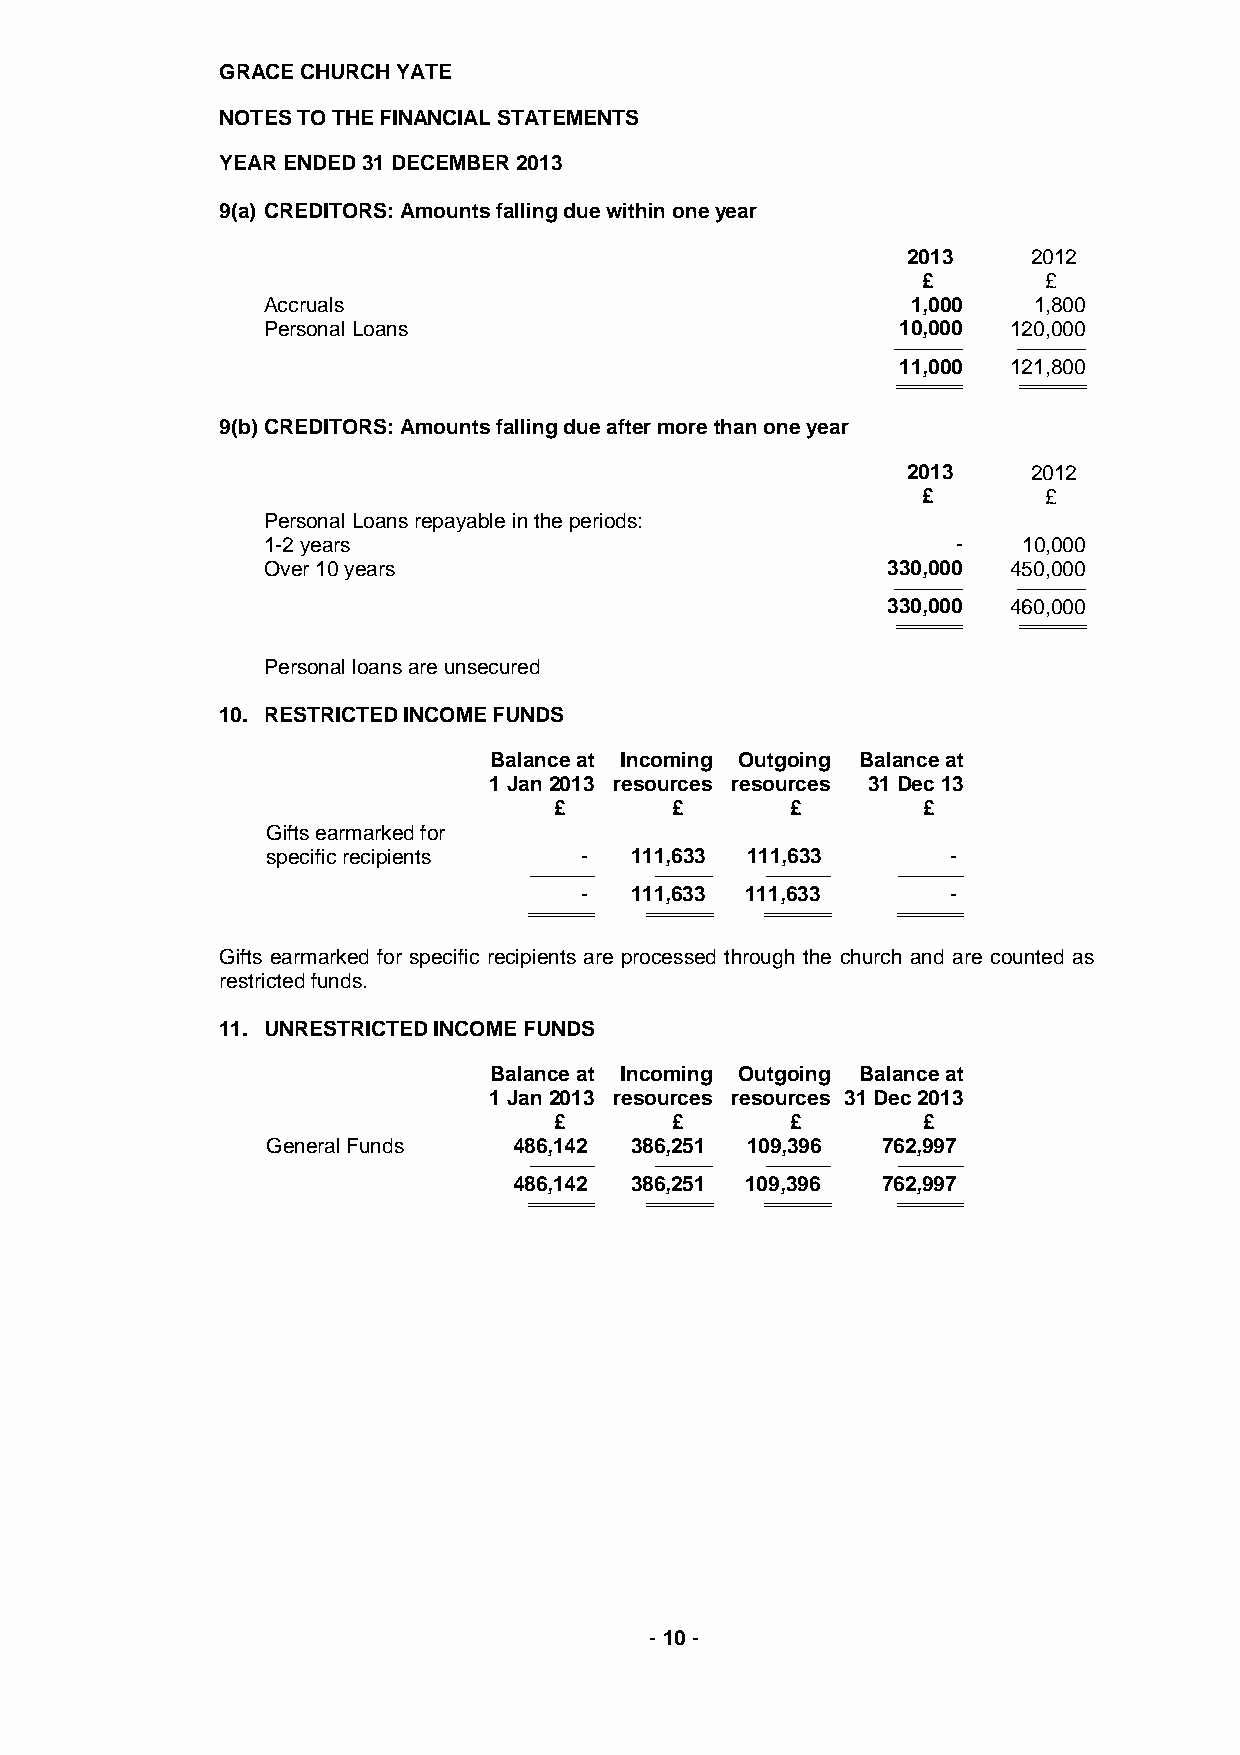
GRACE CHURCH YATE
 NOTES TO THE FINANCIAL STATEMENTS
 YEAR ENDED 31 DECEMBER 2013
 9(a) CREDITORS: Amounts falling due within one year
 2013    2012
 £       £
 Accruals                                   1,000   1,800
 Personal Loans                             10,000 120,000
 -------------------------------- -- -------------------------------- --
 11,000 121,800
 ====================== ========== ====================== ==========
 9(b) CREDITORS: Amounts falling due after more than one year
 2013    2012
 £       £
 Personal Loans repayable in the periods:
 1-2 years                                     -    10,000
 Over 10 years                             330,000 450,000
 -------------------------------- -- -------------------------------- --
 330,000 460,000
 ====================== ========== ====================== ==========
 Personal loans are unsecured
 10. RESTRICTED INCOME FUNDS
 Balance at Incoming Outgoing Balance at
 1 Jan 2013 resources resources 31 Dec 13
 £      £       £        £
 Gifts earmarked for
 specific recipients -   111,633 111,633      -
 ------------------------------ -- ---------------------------- ------------------------------ -- ------------------------------ --
 -   111,633 111,633      -
 ======================== ======== ====================== ========== ====================== ========== ====================== ==========
 Gifts earmarked for specific recipients are processed through the church and are counted as
 restricted funds.
 11. UNRESTRICTED INCOME FUNDS
 Balance at Incoming Outgoing Balance at
 1 Jan 2013 resources resources 31 Dec 2013
 £      £       £        £
 General Funds   486,142 386,251 109,396 762,997
 ------------------------------ -- ---------------------------- ------------------------------ -- ------------------------------ --
 486,142 386,251 109,396 762,997
 ====================== ========== ====================== ========== ====================== ========== ====================== ==========
 - 10 -